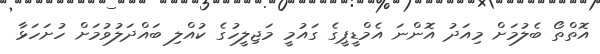
އޮތްތޯ ބެލުމަށް މިއަދު އޮންނަ އެމްޑީޕީގެ ގައުމީ މަޖިލީހުގެ ކުއްލި ބައްދަލުވުމަށް ހުށަހަޅާ